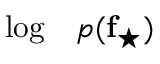
\begin{array} { r l } { \log } & { { } p ( \mathbf { f } _ { \star } ) } \end{array}